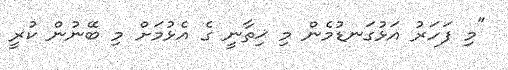
"މި ފަހަރު އަޅުގަނޑުމެން މި ޚިތާނީ ގެ އެޅުމަށް މި ބޭނުން ކުރީ